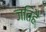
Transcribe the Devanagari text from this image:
जतिहै